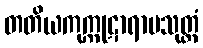
တတိယကုက္ကုဋာရာမသုတ္တံ